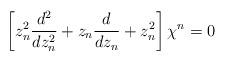
LaTeX: \begin{align*}\left [z_n^2\frac{d^2}{dz_n^2}+z_n\frac{d}{dz_n}+ z_n^2\right]\chi^n=0\end{align*}